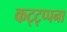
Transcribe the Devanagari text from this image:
कट्ट्प्पना